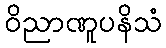
ဝိညာဏူပနိသံ